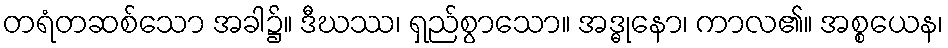
တရံတဆစ်သော အခါ၌။ ဒီဃဿ၊ ရှည်စွာသော။ အဒ္ဓုနော၊ ကာလ၏။ အစ္စယေန၊